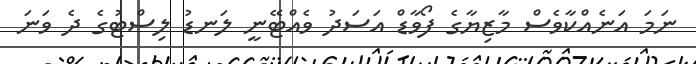
ނަމަ އަނެއްކާވެސް މާޒިޔާގެ ފޯވާޑް އަސަދު ވެއްޓޭނީ ލަނޑު ލިސްޓުގެ ދެ ވަނަ